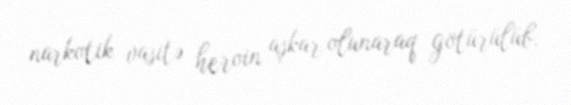
narkotik vasitə heroin aşkar olunaraq götürülüb.